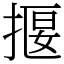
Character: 揠